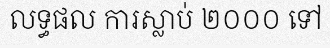
លទ្ធផល ការស្លាប់ ២០០០ ទៅ